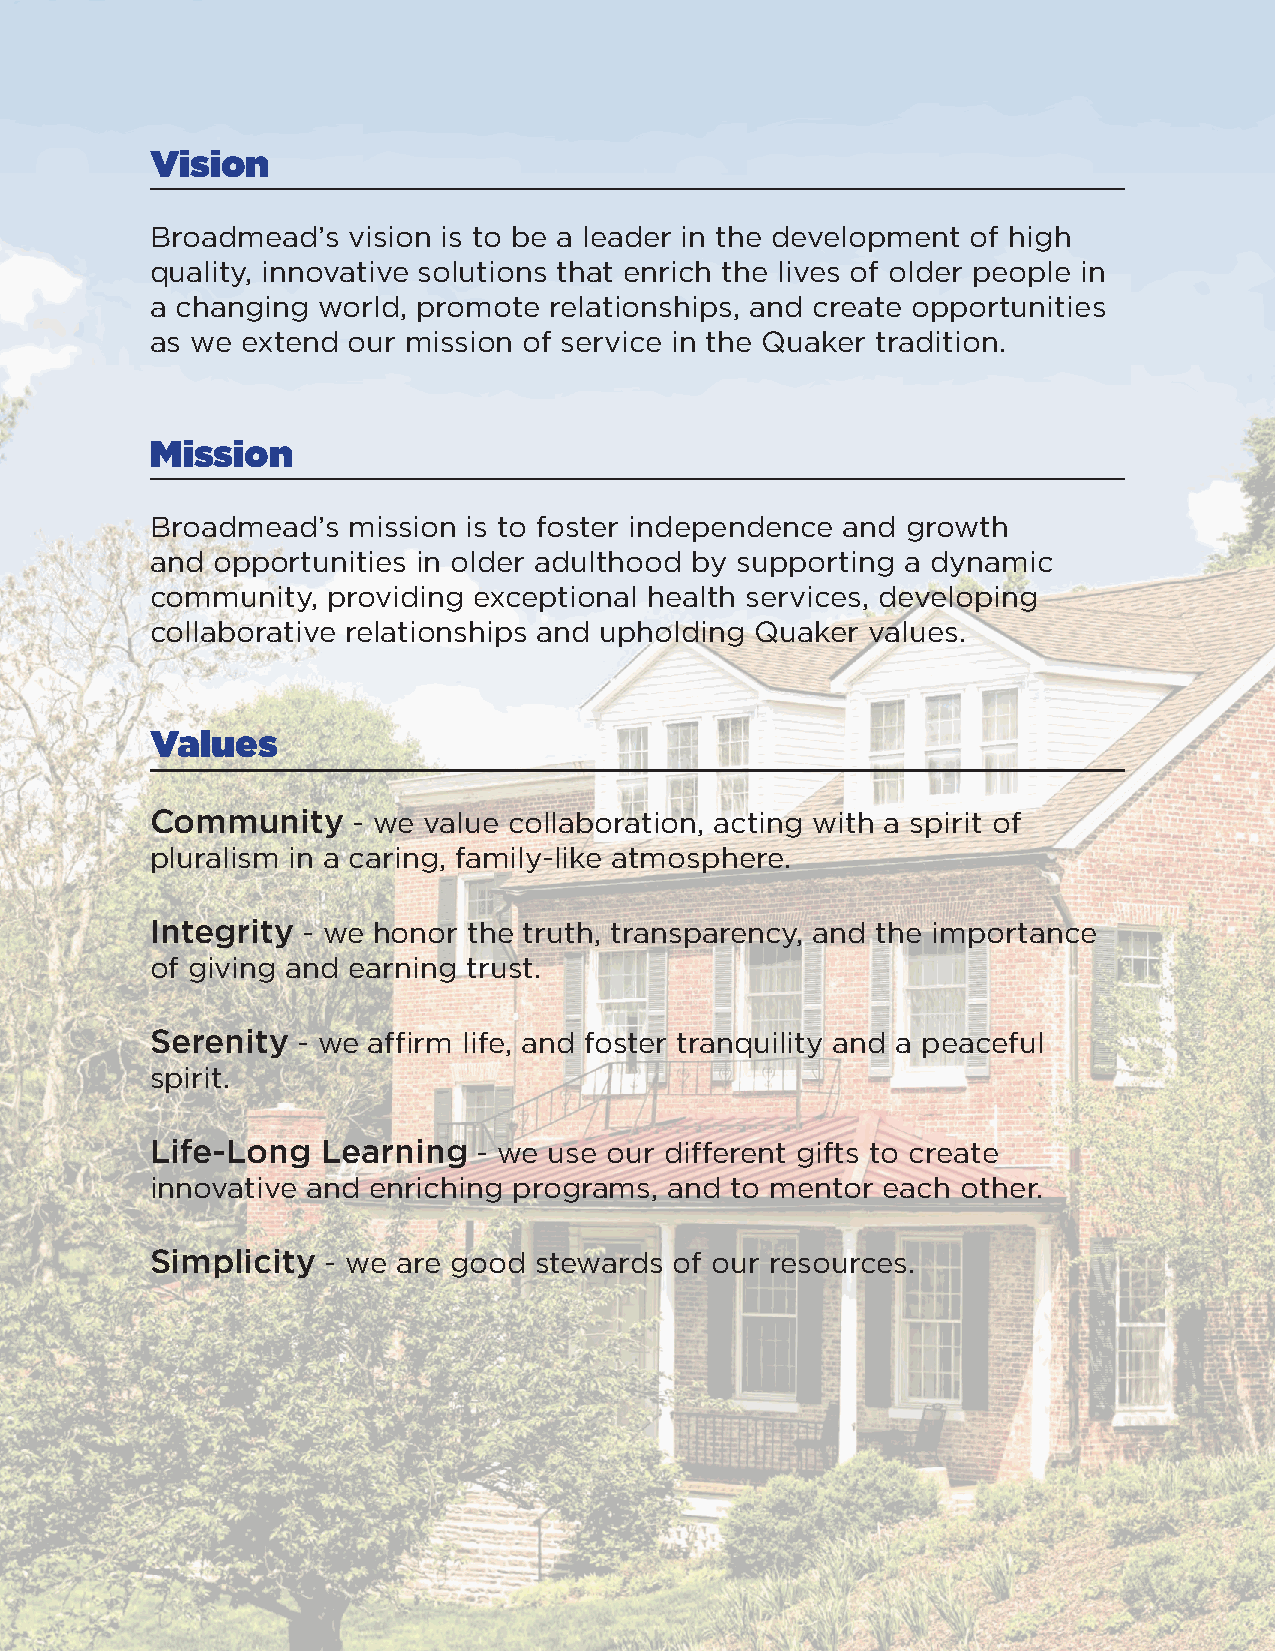
Vision
 BroadmeadÕs  vision is to be a leader in the development of high
 quality, innovative solutions that enrich the lives of older people in
 a changing world, promote relationships, and create opportunities
 as we extend our mission of service in the Quaker tradition.
 Mission
 BroadmeadÕs  mission is to foster independence and growth
 and opportunities in older adulthood by supporting a dynamic
 community,  providing exceptional health services, developing
 collaborative relationships and upholding Quaker values.
 Values
 Community    - we value collaboration, acting with a spirit of
 pluralism in a caring, family-like atmosphere.
 Integrity - we honor the truth, transparency, and the importance
 of giving and earning trust.
 Serenity  - we affirm life, and foster tranquility and a peaceful
 spirit.
 Life-Long  Learning   - we use our different gifts to create
 innovative and enriching programs, and to mentor each other.
 Simplicity  - we are good stewards of our resources.